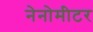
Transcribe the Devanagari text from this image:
नेनोमीटर